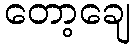
တော့ချေ